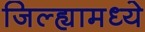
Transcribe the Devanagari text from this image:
जिल्‍ह्यामध्‍ये